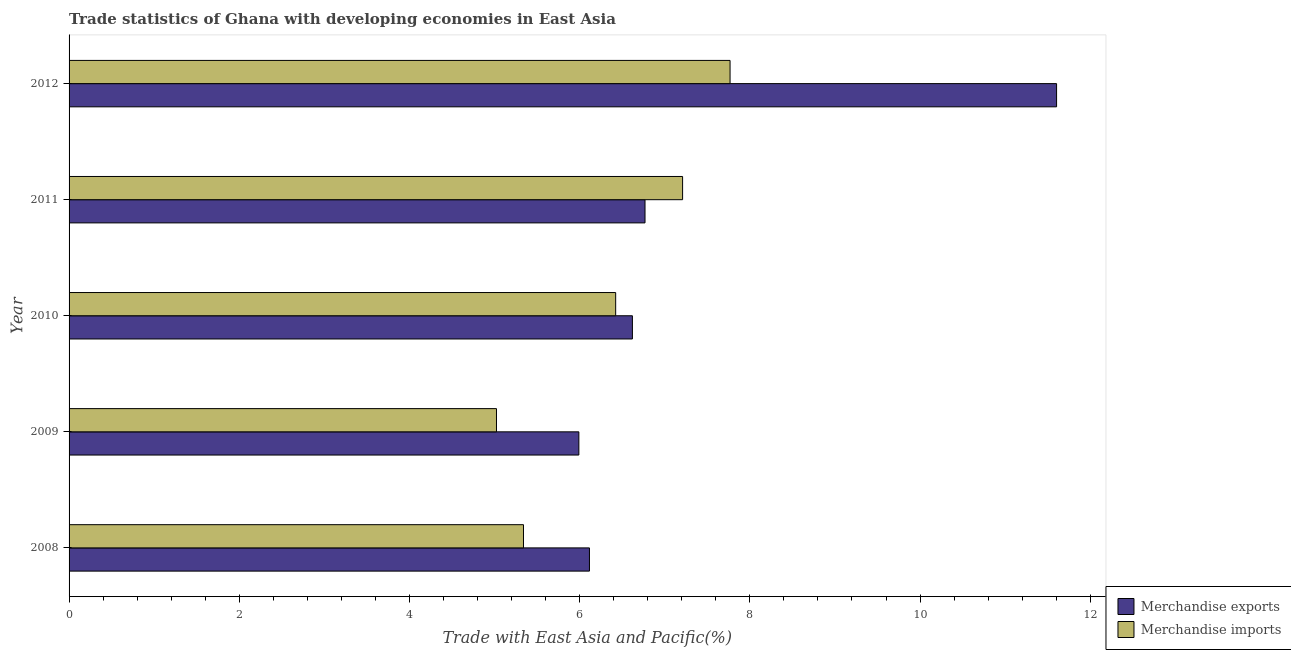
| Year | Merchandise exports | Merchandise imports |
 | --- | --- | --- |
 | 2008 | 6.12 | 5.34 |
 | 2009 | 5.99 | 5.02 |
 | 2010 | 6.62 | 6.42 |
 | 2011 | 6.77 | 7.21 |
 | 2012 | 11.6 | 7.77 |